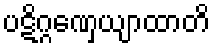
ပဋိဂ္ဂဏှေယျာထာတိ